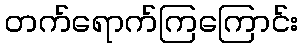
တက်ရောက်ကြကြောင်း